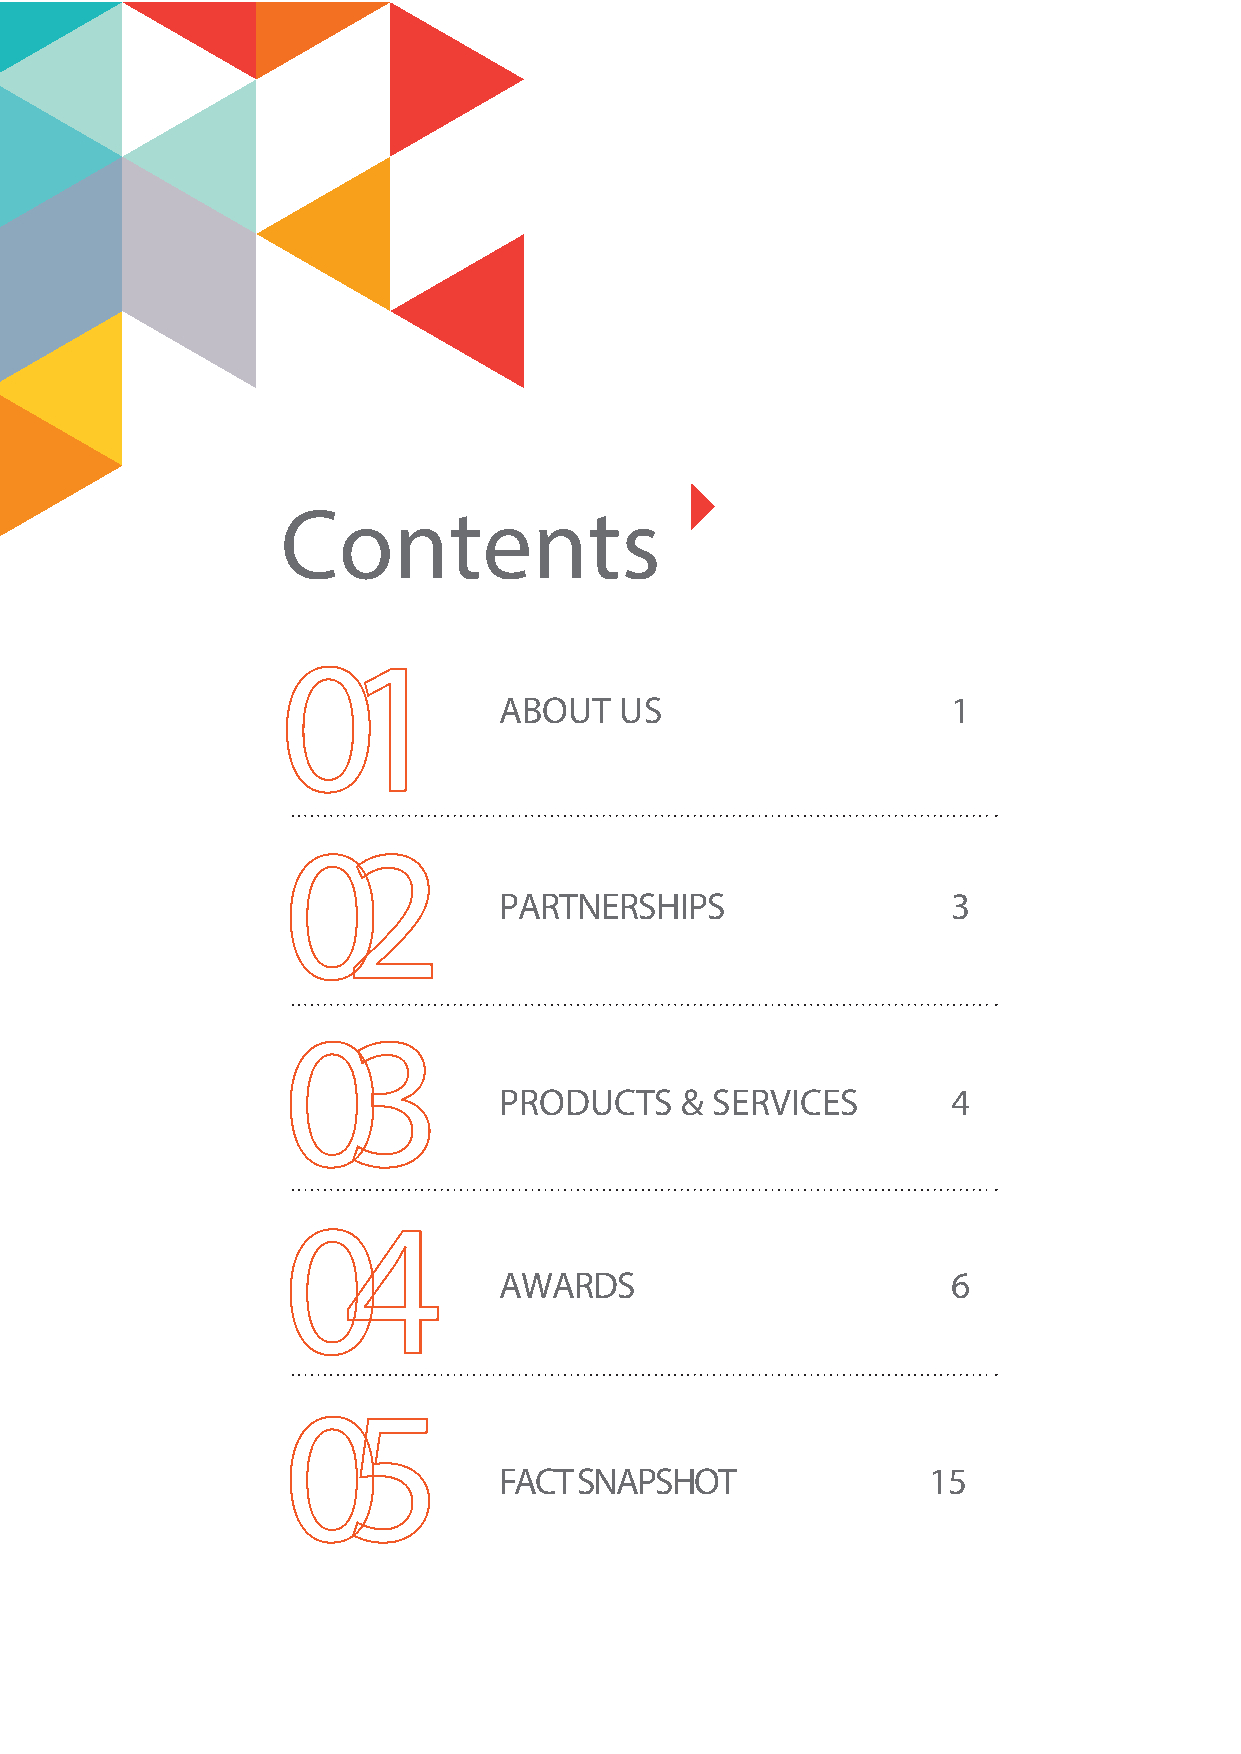
Contents
 ABOUT   US                    1
 PARTNERSHIPS                  3
 PRODUCTS    & SERVICES        4
 AWARDS                        6
 FACT SNAPSHOT               15